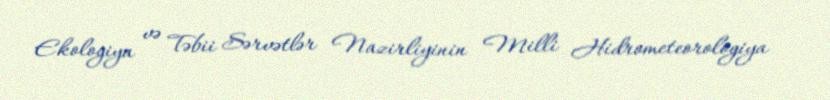
Ekologiya və Təbii Sərvətlər Nazirliyinin Milli Hidrometeorologiya